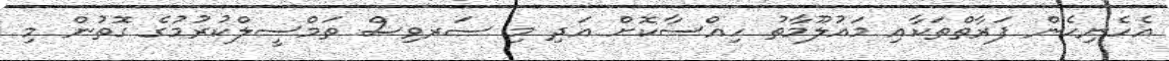
އެހެނިހެން ފަރާތްތަކާއި މައުލޫމާތު ހިއްސާކޮށް އަދި މި ސަރވިސް ތަމްސީލްކުރުމުގެ ގޮތުން މި